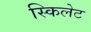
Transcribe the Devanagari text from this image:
स्किलेट